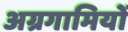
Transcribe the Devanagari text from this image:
अग्रगामियों